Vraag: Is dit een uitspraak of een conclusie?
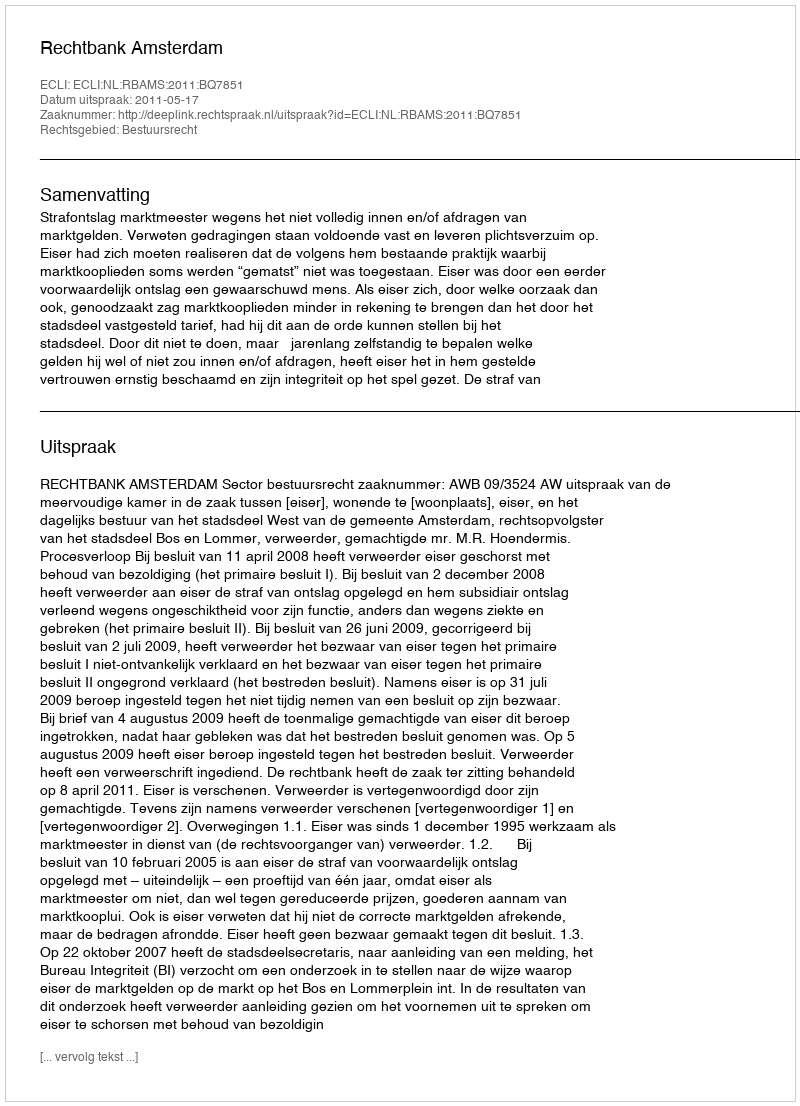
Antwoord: Uitspraak